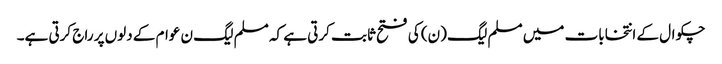
چکوال کے انتخابات میں مسلم لیگ (ن) کی فتح ثابت کرتی ہے کہ مسلم لیگ ن عوام کے دلوں پر راج کرتی ہے۔